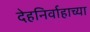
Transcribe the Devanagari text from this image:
देहनिर्वाहाच्या